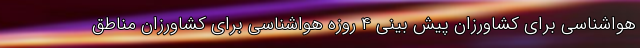
هواشناسی برای کشاورزان پیش بینی ۴ روزه هواشناسی برای کشاورزان مناطق